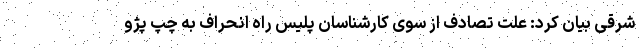
شرقی بیان کرد: علت تصادف از سوی کارشناسان پلیس راه انحراف به چپ پژو